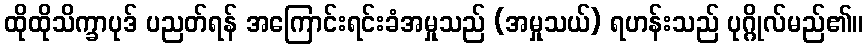
ထိုထိုသိက္ခာပုဒ် ပညတ်ရန် အကြောင်းရင်းခံအမှုသည် (အမှုသယ်) ရဟန်းသည် ပုဂ္ဂိုလ်မည်၏။